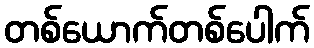
တစ်ယောက်တစ်ပေါက်